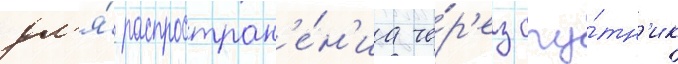
дл'я́ распростран'е́н'иа че́р'ез спу́тн'ик